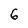
Character: 6